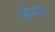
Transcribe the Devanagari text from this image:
ओस्सा